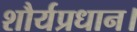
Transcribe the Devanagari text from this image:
शौर्यप्रधान।